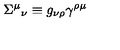
\Sigma ^ { \mu } { } _ { \nu } \equiv g _ { \nu \rho } \gamma ^ { \rho \mu }